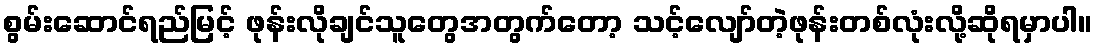
စွမ်းဆောင်ရည်မြင့် ဖုန်းလိုချင်သူတွေအတွက်တော့ သင့်လျော်တဲ့ဖုန်းတစ်လုံးလို့ဆိုရမှာပါ။